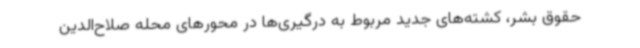
حقوق بشر، کشته‌های جدید مربوط به درگیری‌ها در محورهای محله صلاح‌الدین